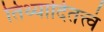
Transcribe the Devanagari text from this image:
तिथ्यादितत्त्वं